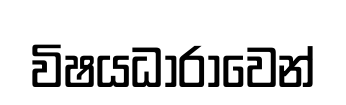
විෂයධාරාවෙන්